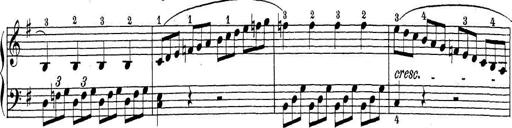
Title: Sonatina Album
Composer: Louis KÃ¶hler